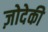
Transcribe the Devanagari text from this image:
ज़ोदेकी